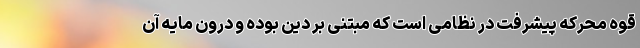
قوه محرکه پیشرفت در نظامی است که مبتنی بر دین بوده و درون مایه آن